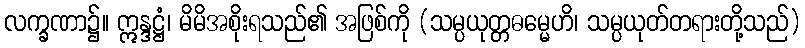
လက္ခဏာ၌။ ဣန္ဒဋ္ဌံ၊ မိမိအစိုးရသည်၏ အဖြစ်ကို (သမ္ပယုတ္တဓမ္မေဟိ၊ သမ္ပယုတ်တရားတို့သည်)